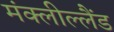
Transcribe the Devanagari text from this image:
मंक्लील्लैंड